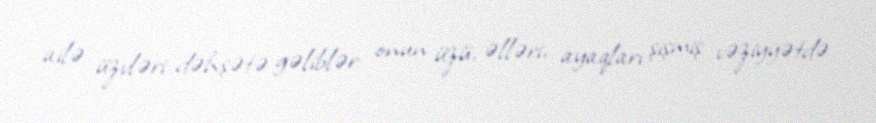
ailə üzvləri dəhşətə gəliblər: onun üzü, əlləri, ayaqları şişmiş vəziyyətdə